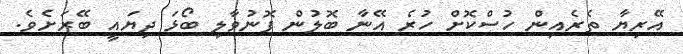
އޭރިޔާ ތެރެއިން ހުސްކޮށް ހުރެ އޭނާ ބޮލުން ފޮނުވާލި ބޯޅަ ދިޔައީ ބޭރަށެވެ.